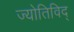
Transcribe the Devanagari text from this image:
ज्योतिविद्